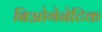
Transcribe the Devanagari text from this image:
बिओगेनेटिक